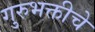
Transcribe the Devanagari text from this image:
गुरुभक्तीचे